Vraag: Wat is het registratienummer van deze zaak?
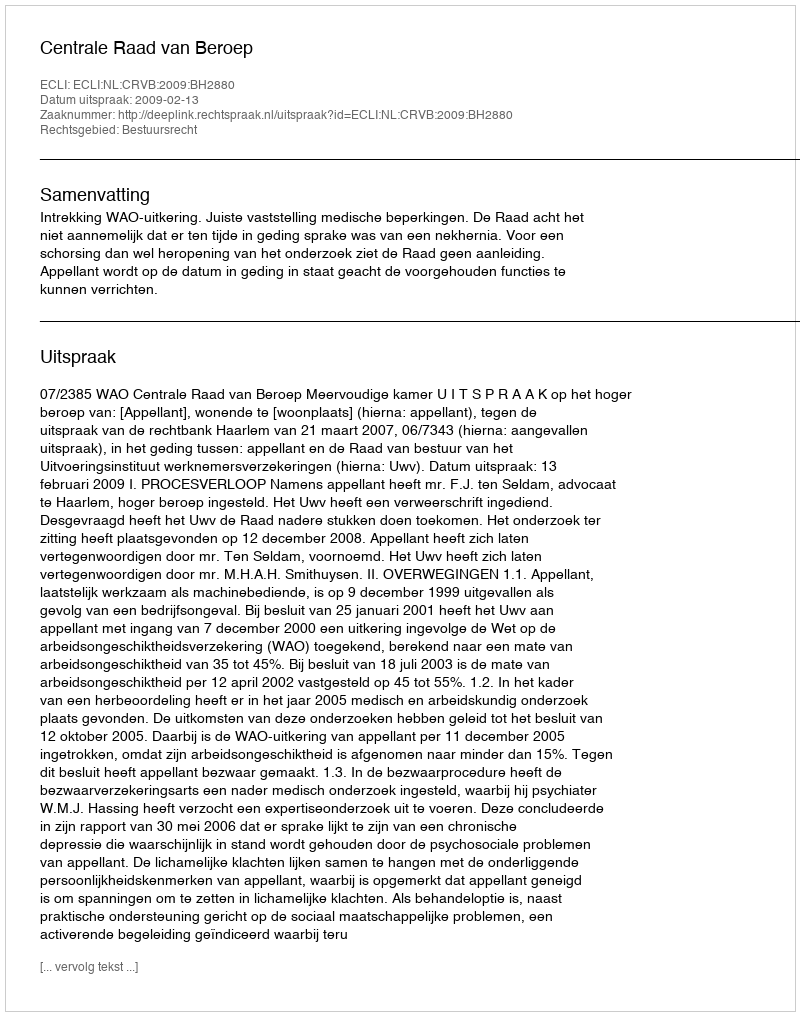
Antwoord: http://deeplink.rechtspraak.nl/uitspraak?id=ECLI:NL:CRVB:2009:BH2880